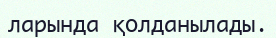
ларында қолданылады.